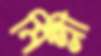
মিল্লী